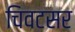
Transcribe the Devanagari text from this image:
चिवटसर